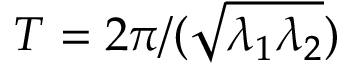
T = 2 { \pi } / ( { \sqrt { \lambda _ { 1 } \lambda _ { 2 } } } )